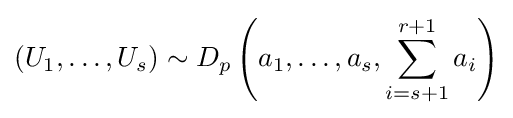
\left(U_{1},\ldots ,U_{s}\right)\sim D_{p}\left(a_{1},\ldots ,a_{s},\sum _{i=s+1}^{r+1}a_{i}\right)